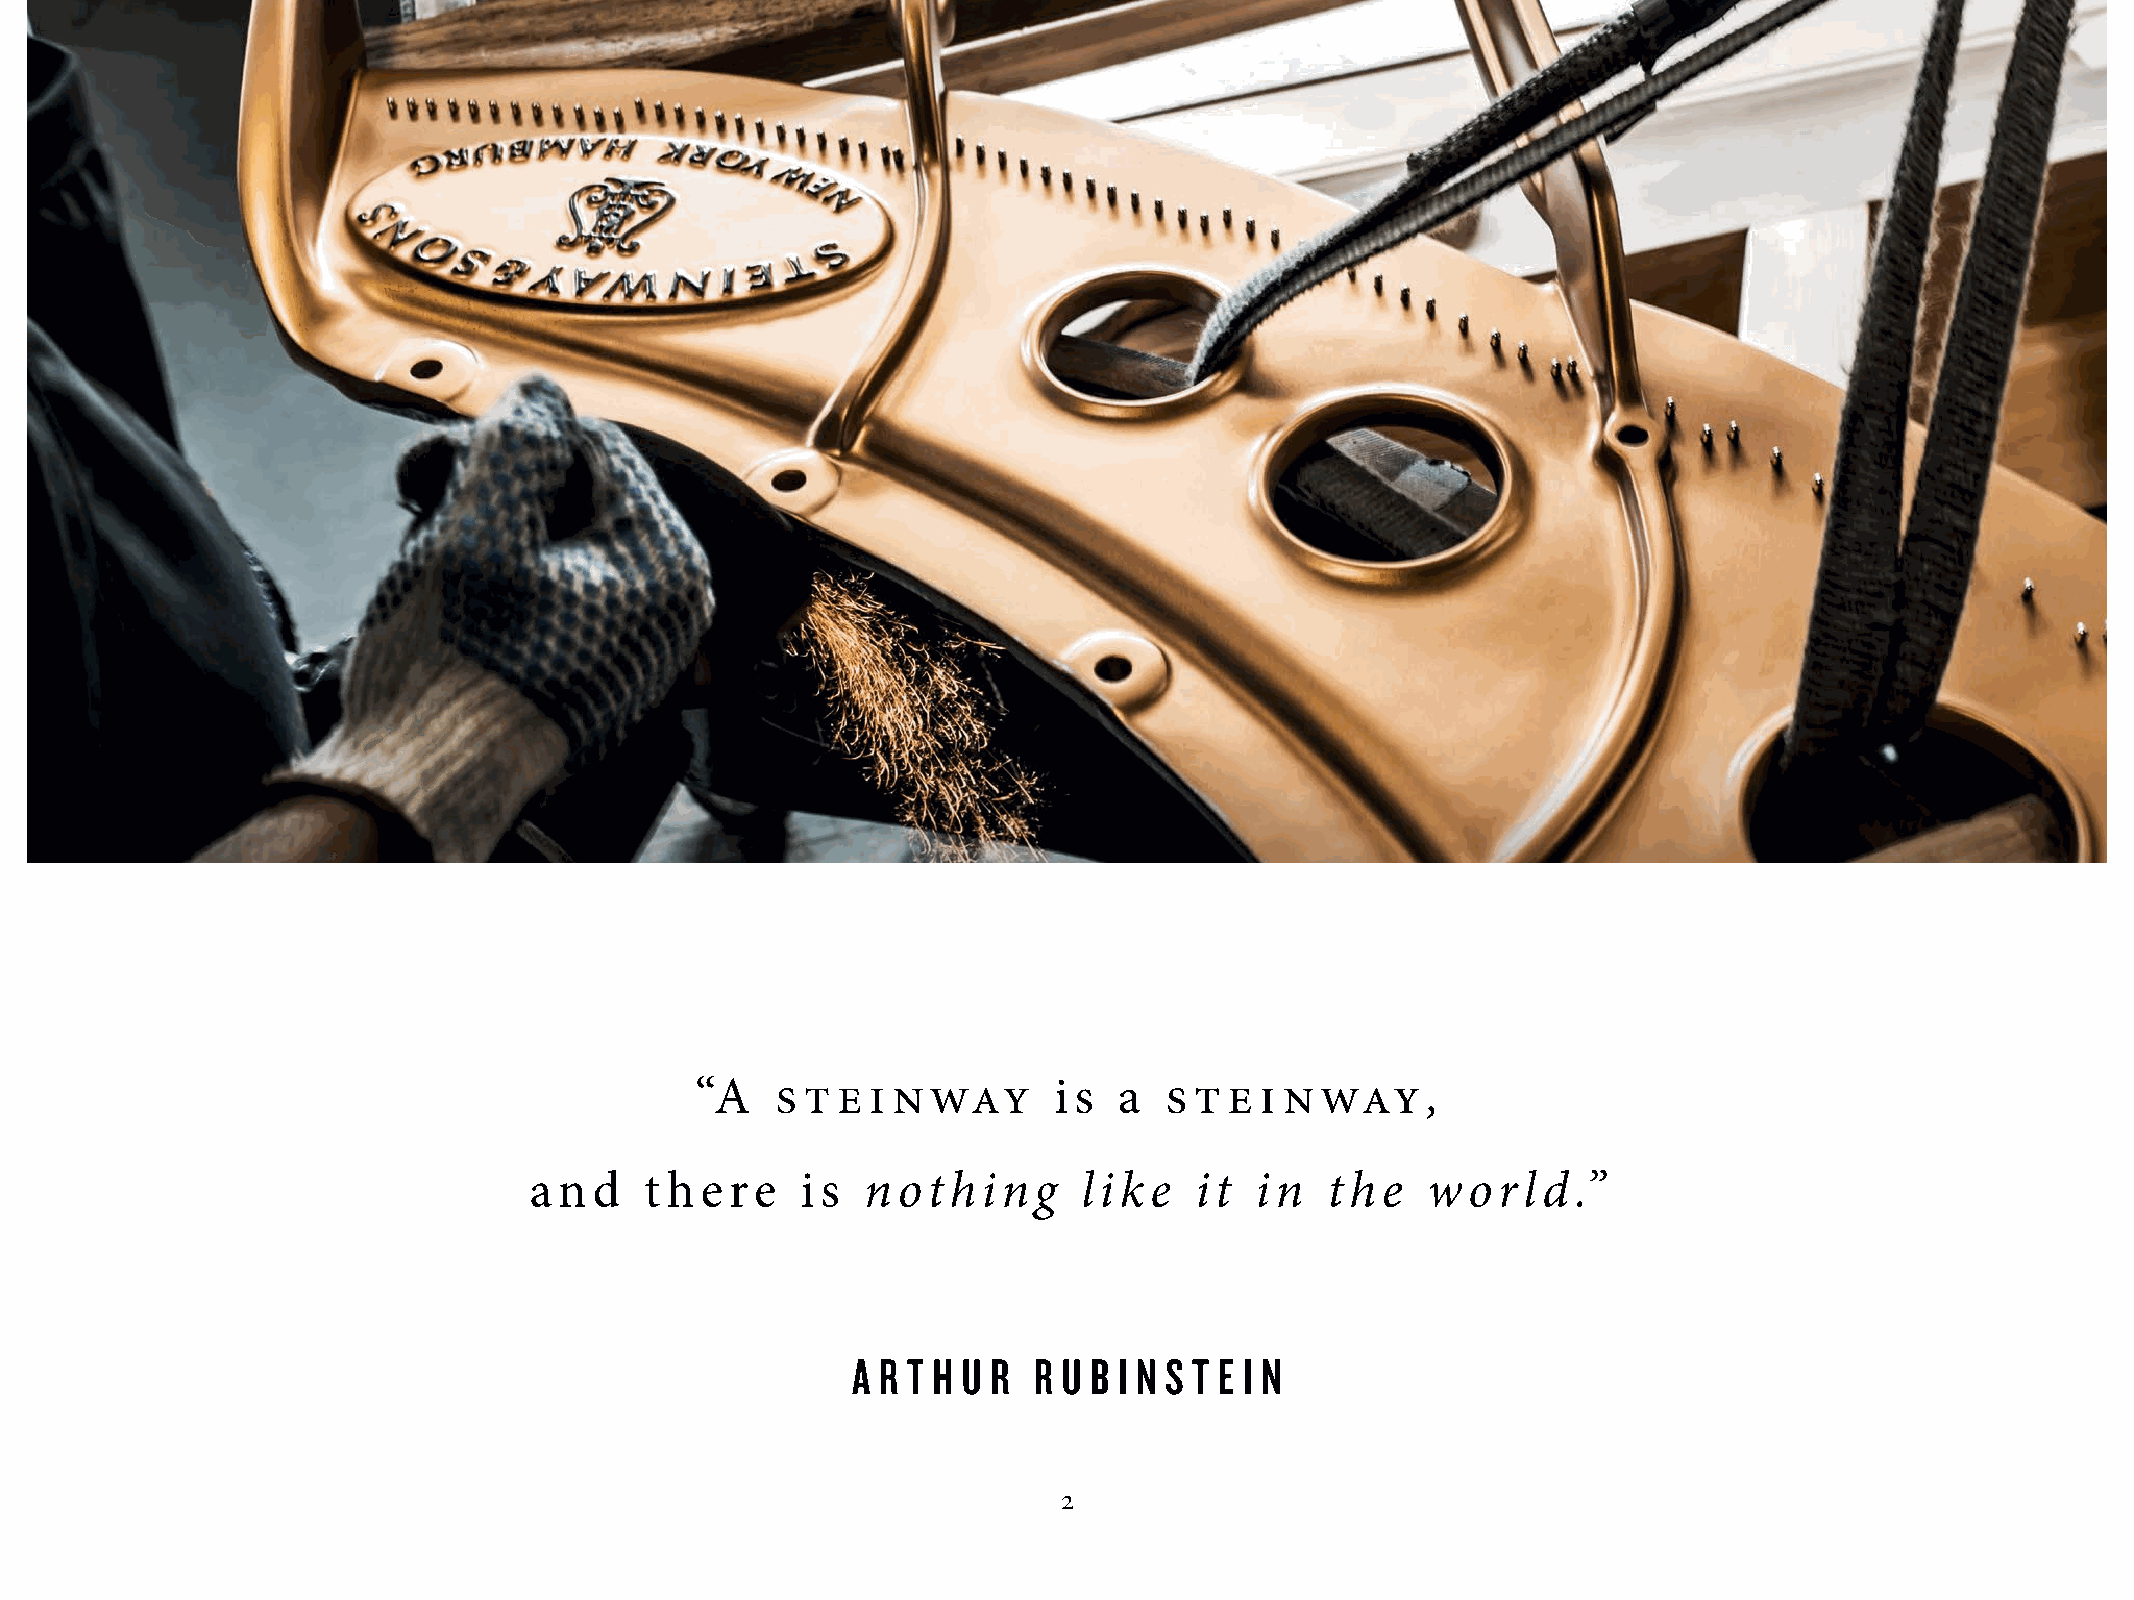
ste   i nway              ste   i nway
 “A                      is  a                   ,
 and     t here    is  nothing       like    it  in  the    world.”
 A R T H U R R U B I N S T E I N
 2